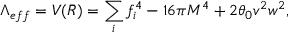
\Lambda _ { e f f } = V ( \bar { R } ) = \sum _ { i } f _ { i } ^ { 4 } - 1 6 \pi M ^ { 4 } + 2 \theta _ { 0 } v ^ { 2 } w ^ { 2 } ,